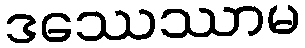
ဒဿေဿာမ